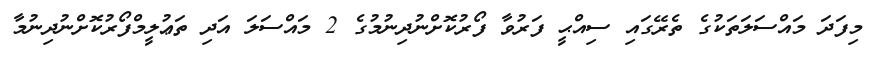
މިފަދަ މައްސަލަތަކުގެ ތެރޭގައި ސިއްޙީ ފަރުވާ ފޯރުކޮށްނުދިނުމުގެ 2 މައްސަލަ އަދި ތަޢުލީމްފޯރުކޮށްނުދިނުމާ